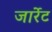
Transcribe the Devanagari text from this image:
जार्रेट